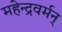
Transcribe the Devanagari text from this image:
महेन्द्रवर्मन्